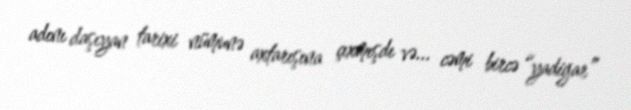
adını daşıyan tarixi nümunə axtarışına çıxmışdı və... cəmi bircə “yadigar”